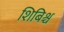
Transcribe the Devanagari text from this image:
शिबिश्च